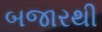
બજારથી